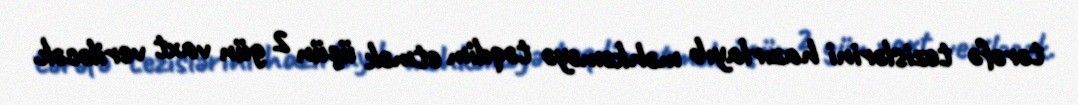
tərəfə tezislərini hazırlayıb məhkəməyə təqdim etmək üçün 2 gün vaxt veriləcək.